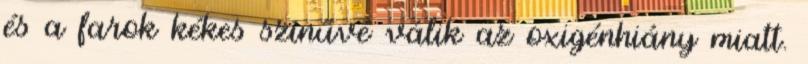
és a farok kékes színűvé válik az oxigénhiány miatt.